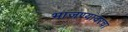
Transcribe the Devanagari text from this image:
भाजण्यावरचा